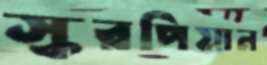
স্করপিয়ান